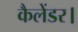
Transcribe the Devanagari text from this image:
कैलेंडर।